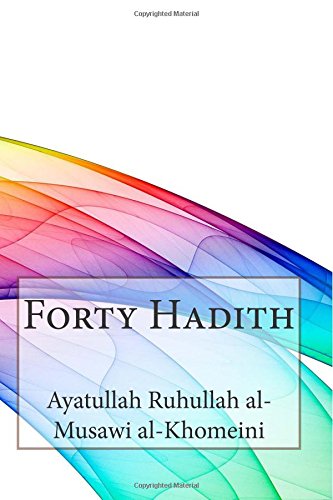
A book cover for Forty Hadith; Ayatullah Ruhullah al-Musawi al-Khomeini; Religion & Spirituality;